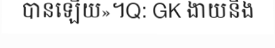
បានឡើយ»។Q: GK ងាយនឹង